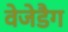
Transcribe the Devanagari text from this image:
वेजेडैग